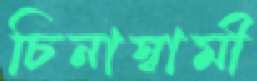
চিনাস্বামী